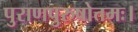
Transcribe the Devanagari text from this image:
पुराणपुरुषोत्तमः।